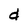
Character: d